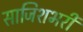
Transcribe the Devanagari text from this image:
साजिशभरी